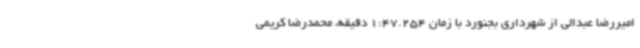
امیررضا عبدالی از شهرداری بجنورد با زمان 1:47.254 دقیقه، محمدرضا کریمی